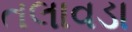
તલાવડા